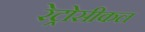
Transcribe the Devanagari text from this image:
रेट्रोसीकल